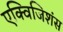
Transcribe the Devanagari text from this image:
एक्विजिशंस